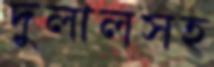
দুলালসহ